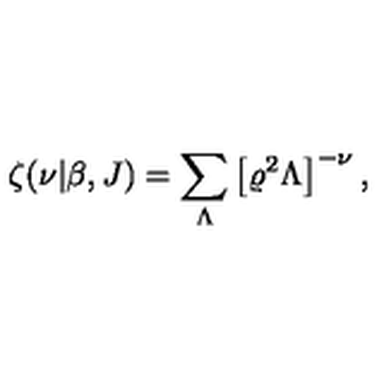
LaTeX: \zeta ( \nu | \beta , J ) = \sum _ { \Lambda } \left[ \varrho ^ { 2 } \Lambda \right] ^ { - \nu } ,